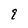
Character: 9